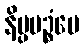
နိပ္ပပဉ္စံပေ